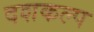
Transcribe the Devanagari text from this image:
दशकल्प